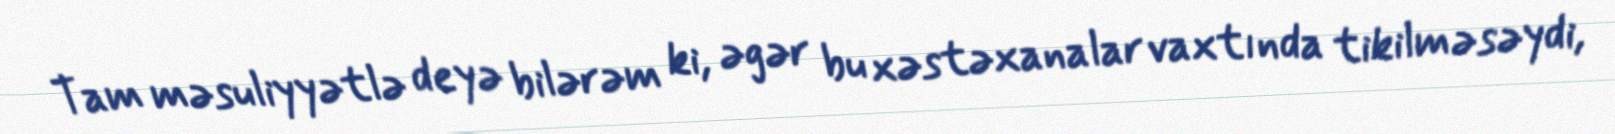
Tam məsuliyyətlə deyə bilərəm ki, əgər bu xəstəxanalar vaxtında tikilməsəydi,